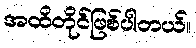
အထိတိုင်ဖြစ်ပါတယ်။